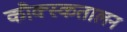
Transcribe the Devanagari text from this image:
कौक्स्कतालन